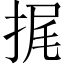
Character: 捤